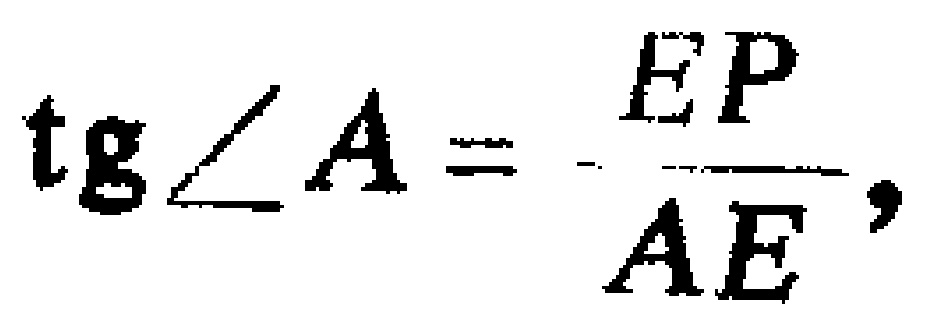
\(\operatorname{tg}\angle A = \frac{EP}{AE},\)